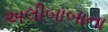
અલીબાબાના